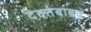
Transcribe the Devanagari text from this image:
देवतेबाबत